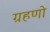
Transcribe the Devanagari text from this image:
ग्रहणो